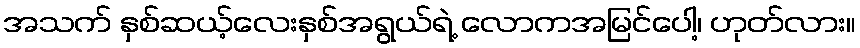
အသက် နှစ်ဆယ့်လေးနှစ်အရွယ်ရဲ့ လောကအမြင်ပေါ့၊ ဟုတ်လား။